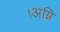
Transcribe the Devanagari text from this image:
।अग्नि